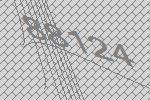
88124